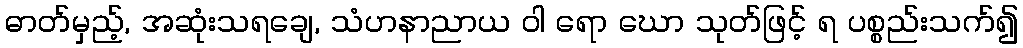
ဓာတ်မှည့်, အဆုံးသရချေ, သံဟနာညာယ ဝါ ရော ဃော သုတ်ဖြင့် ရ ပစ္စည်းသက်၍